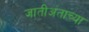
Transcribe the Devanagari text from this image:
जातीअंताच्या